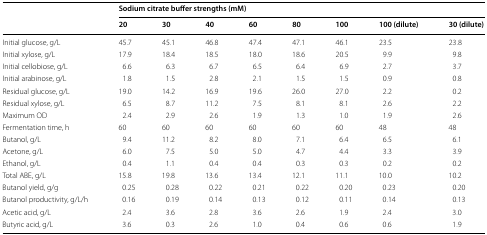
|  | <COLSPAN=8> Sodium citrate buffer strengths (mM) |
 |  | 20 | 30 | 40 | 60 | 80 | 100 | 100 (dilute) | 30 (dilute) |
 | --- | --- | --- | --- | --- | --- | --- | --- | --- |
 | Initial glucose, g/L | 45.7 | 45.1 | 46.8 | 47.4 | 47.1 | 46.1 | 23.5 | 23.8 |
 | Initial xylose, g/L | 17.9 | 18.4 | 18.5 | 18.0 | 18.6 | 20.5 | 9.9 | 9.8 |
 | Initial cellobiose, g/L | 6.6 | 6.3 | 6.7 | 6.5 | 6.4 | 6.9 | 2.7 | 3.7 |
 | Initial arabinose, g/L | 1.8 | 1.5 | 2.8 | 2.1 | 1.5 | 1.5 | 0.9 | 0.8 |
 | Residual glucose, g/L | 19.0 | 14.2 | 16.9 | 19.6 | 26.0 | 27.0 | 2.2 | 0.2 |
 | Residual xylose, g/L | 6.5 | 8.7 | 11.2 | 7.5 | 8.1 | 8.1 | 2.6 | 2.2 |
 | Maximum OD | 2.4 | 2.9 | 2.6 | 1.9 | 1.3 | 1.0 | 1.9 | 2.6 |
 | Fermentation time, h | 60 | 60 | 60 | 60 | 60 | 60 | 48 | 48 |
 | Butanol, g/L | 9.4 | 11.2 | 8.2 | 8.0 | 7.1 | 6.4 | 6.5 | 6.1 |
 | Acetone, g/L | 6.0 | 7.5 | 5.0 | 5.0 | 4.7 | 4.4 | 3.3 | 3.9 |
 | Ethanol, g/L | 0.4 | 1.1 | 0.4 | 0.4 | 0.3 | 0.3 | 0.2 | 0.2 |
 | Total ABE, g/L | 15.8 | 19.8 | 13.6 | 13.4 | 12.1 | 11.1 | 10.0 | 10.2 |
 | Butanol yield, g/g | 0.25 | 0.28 | 0.22 | 0.21 | 0.22 | 0.20 | 0.23 | 0.20 |
 | Butanol productivity, g/L/h | 0.16 | 0.19 | 0.14 | 0.13 | 0.12 | 0.11 | 0.14 | 0.13 |
 | Acetic acid, g/L | 2.4 | 3.6 | 2.8 | 3.6 | 2.6 | 1.9 | 2.4 | 3.0 |
 | Butyric acid, g/L | 3.6 | 0.3 | 2.6 | 1.0 | 0.4 | 0.6 | 0.6 | 1.9 |